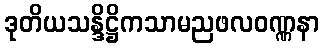
ဒုတိယသန္ဒိဋ္ဌိကသာမညဖလဝဏ္ဏနာ